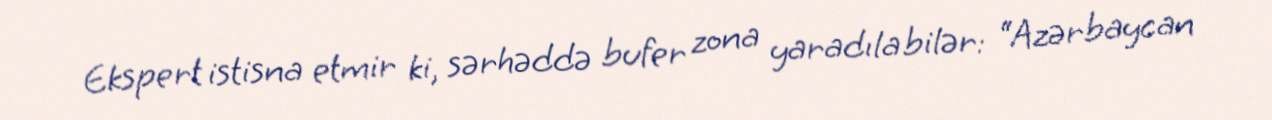
Ekspert istisna etmir ki, sərhəddə bufer zona yaradıla bilər: “Azərbaycan